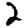
Digit: 2